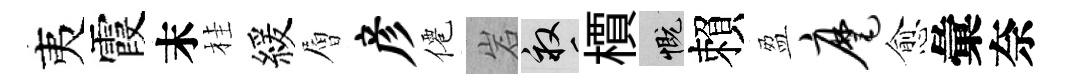
夷霞末桂緩層彦僊岩畝檟慨賴盈麾愈彙奈